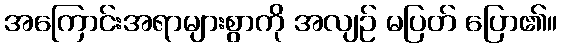
အကြောင်းအရာများစွာကို အလျဉ် မပြတ် ပြော၏။